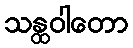
သန္ထဝါတော